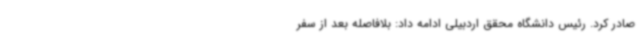
صادر کرد. رئیس دانشگاه محقق اردبیلی ادامه داد: بلافاصله بعد از سفر